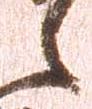
之